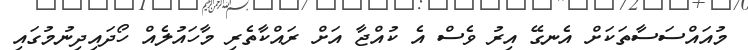
މުއައްސަސާތަކަށް އެނގޭ އިރު ވެސް އެ ކުއްޖާ އަށް ރައްކާތެރި މާހައުލެއް ހޯދައިދިނުމުގައި